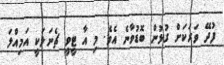
ފުދޭ ވަރަކަށް ގުޅުން ބޮޑުވާނެ އެވެ. މި އާ ޓީވީ ޗެނަލަކީ އަމިއްލަ